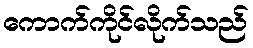
ကောက်ကိုင်လိုက်သည်